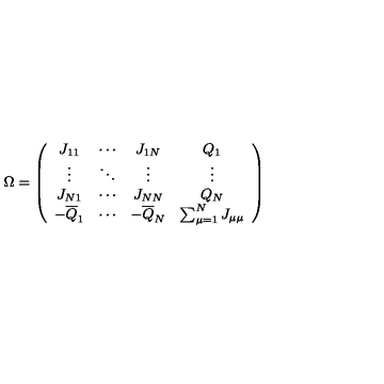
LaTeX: \Omega = \left( \begin{array} { c c c c } { J _ { 1 1 } } & { \cdots } & { J _ { 1 N } } & { Q _ { 1 } } \\ { \vdots } & { \ddots } & { \vdots } & { \vdots } \\ { J _ { N 1 } } & { \cdots } & { J _ { N N } } & { Q _ { N } } \\ { - { \overline { { Q } } } _ { 1 } } & { \cdots } & { - { \overline { { Q } } } _ { N } } & { \sum _ { \mu = 1 } ^ { N } J _ { \mu \mu } } \\ \end{array} \right)